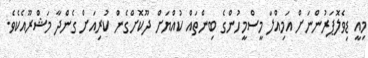
މިއީ ޑިވެލޮޕަރުންނަށް އަމިއްލަ މީސްމީހުންގެ ބިންތައް ކުއްޔަށް ދޫކޮށްގެން ކުރިއަށް ގެންދާ މަޝްރޫއެކެވެ.